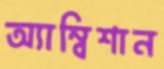
অ্যাম্বিশান